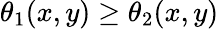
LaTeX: \theta_{1}(x,y)\ge\theta_{2}(x,y)